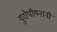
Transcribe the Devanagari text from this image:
युरोपीयनांनी